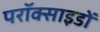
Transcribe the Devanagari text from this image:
परॉक्साइडों